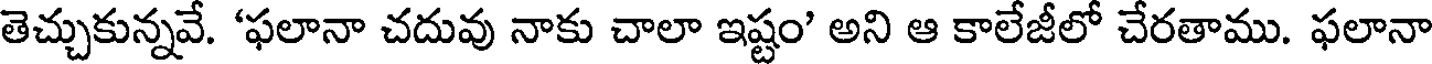
తెచ్చుకున్నవే. 'ఫలానా చదువు నాకు చాలా ఇష్టం' అని ఆ కాలేజీలో చేరతాము. ఫలానా